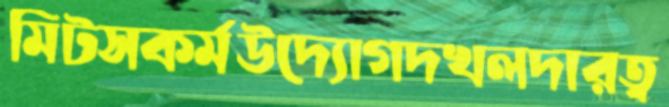
মিটসকর্মউদ্যোগদখলদারত্ব